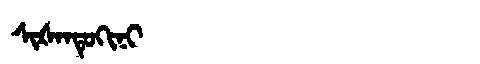
Manchu: ᠰᡳᡧᠠᠨᡨᡠᡴᡳᠨᡳ
Romanization: SIŠANTUKINI